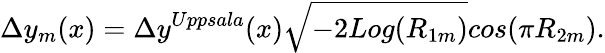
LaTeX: \Delta y_{m}(x)=\Delta y^{Uppsala}(x)\sqrt{-2Log(R_{1m})}cos(\pi R_{2m}).